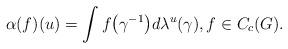
LaTeX: \begin{gather*}\alpha(f)(u)=\int f\big(\gamma^{-1}\big)d\lambda^u(\gamma),f\in C_c(G).\end{gather*}